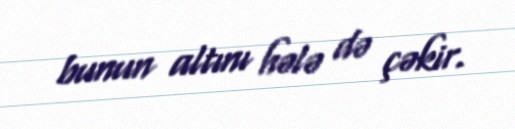
bunun altını hələ də çəkir.